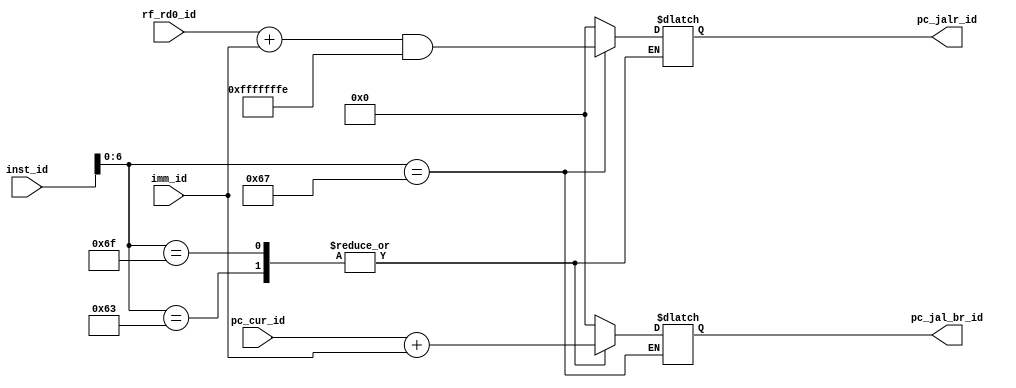
module PC_pre(
    input [31:0]    inst_id,
    input [31:0]    pc_cur_id,
    input [31:0]    imm_id,
    input [31:0]    rf_rd0_id,

    output reg [31:0]   pc_jal_br_id,
    output reg [31:0]   pc_jalr_id
);
    localparam B_type       = 7'b1100011;
    localparam J_type       = 7'b1101111;
    localparam JALR         = 7'b1100111;
    
    always @(*) begin
        case(inst_id[6:0])
            B_type: pc_jal_br_id = pc_cur_id + imm_id;
            J_type: pc_jal_br_id = pc_cur_id + imm_id;
            JALR:   pc_jalr_id = (rf_rd0_id + imm_id) & 32'hFFFFFFFE;
            default: begin
                pc_jal_br_id = 0;
                pc_jalr_id = 0;
            end
        endcase
    end
endmodule